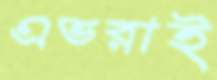
এভরাই